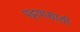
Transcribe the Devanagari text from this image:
पट्टयासाठी